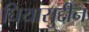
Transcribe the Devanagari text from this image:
घियासुद्दीन